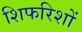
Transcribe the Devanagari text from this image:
शिफरिशों